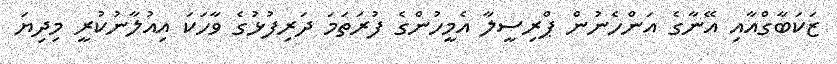
ޒަކަބާގްއާއި އޭނާގެ އަންހެނުން ޕްރިސީލާ އެމީހުންގެ ފުރަތަމަ ދަރިފުޅުގެ ވާހަކަ އިއުލާނުކުރީ މިދިޔަ